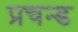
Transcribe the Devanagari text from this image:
प्रचन्ड